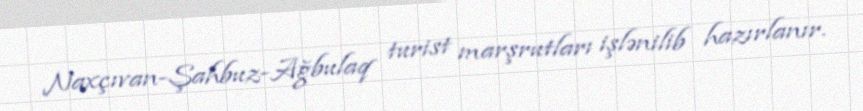
Naxçıvan-Şahbuz-Ağbulaq turist marşrutları işlənilib hazırlanır.